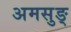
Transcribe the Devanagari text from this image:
अमसुङ्